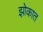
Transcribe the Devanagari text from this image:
झोकात